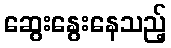
ဆွေးနွေးနေသည့်